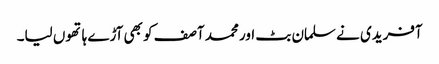
آفریدی نے سلمان بٹ اور محمد آصف کو بھی آڑے ہاتھوں لیا۔